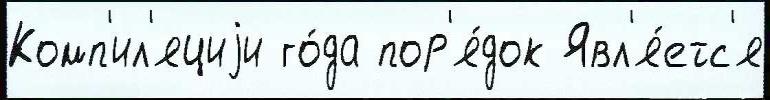
Комп'ил'яциjи го́да пор'я́док Явл'я́етс'я